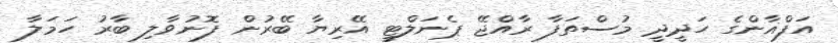
އަފްޣާންގެ ހަދީދީ މުސްތަފާ ރާއްޖޭ ޕެނަލްޓީ އޭރިޔާ ބޭރުން ފޮނުވާލި ބާރު ހަމަލާ